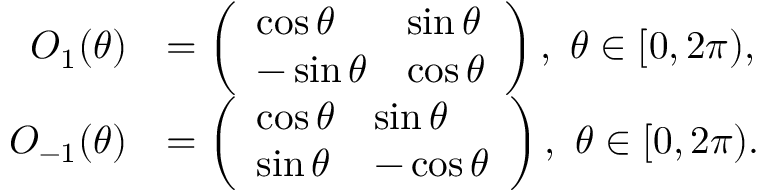
\begin{array} { r l } { O _ { 1 } ( \theta ) } & { = \left( \begin{array} { l l } { \cos \theta } & { \sin \theta } \\ { - \sin \theta } & { \cos \theta } \end{array} \right) , \ \theta \in [ 0 , 2 \pi ) , } \\ { O _ { - 1 } ( \theta ) } & { = \left( \begin{array} { l l } { \cos \theta } & { \sin \theta } \\ { \sin \theta } & { - \cos \theta } \end{array} \right) , \ \theta \in [ 0 , 2 \pi ) . } \end{array}